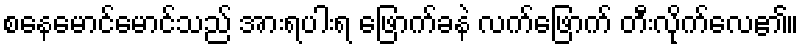
စနေမောင်မောင်သည် အားရပါးရ ဖြောက်ခနဲ လက်ဖြောက် တီးလိုက်လေ၏။